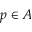
p \in A